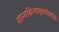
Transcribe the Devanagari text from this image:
शान्तश्चिन्तासूयादिवर्जितः